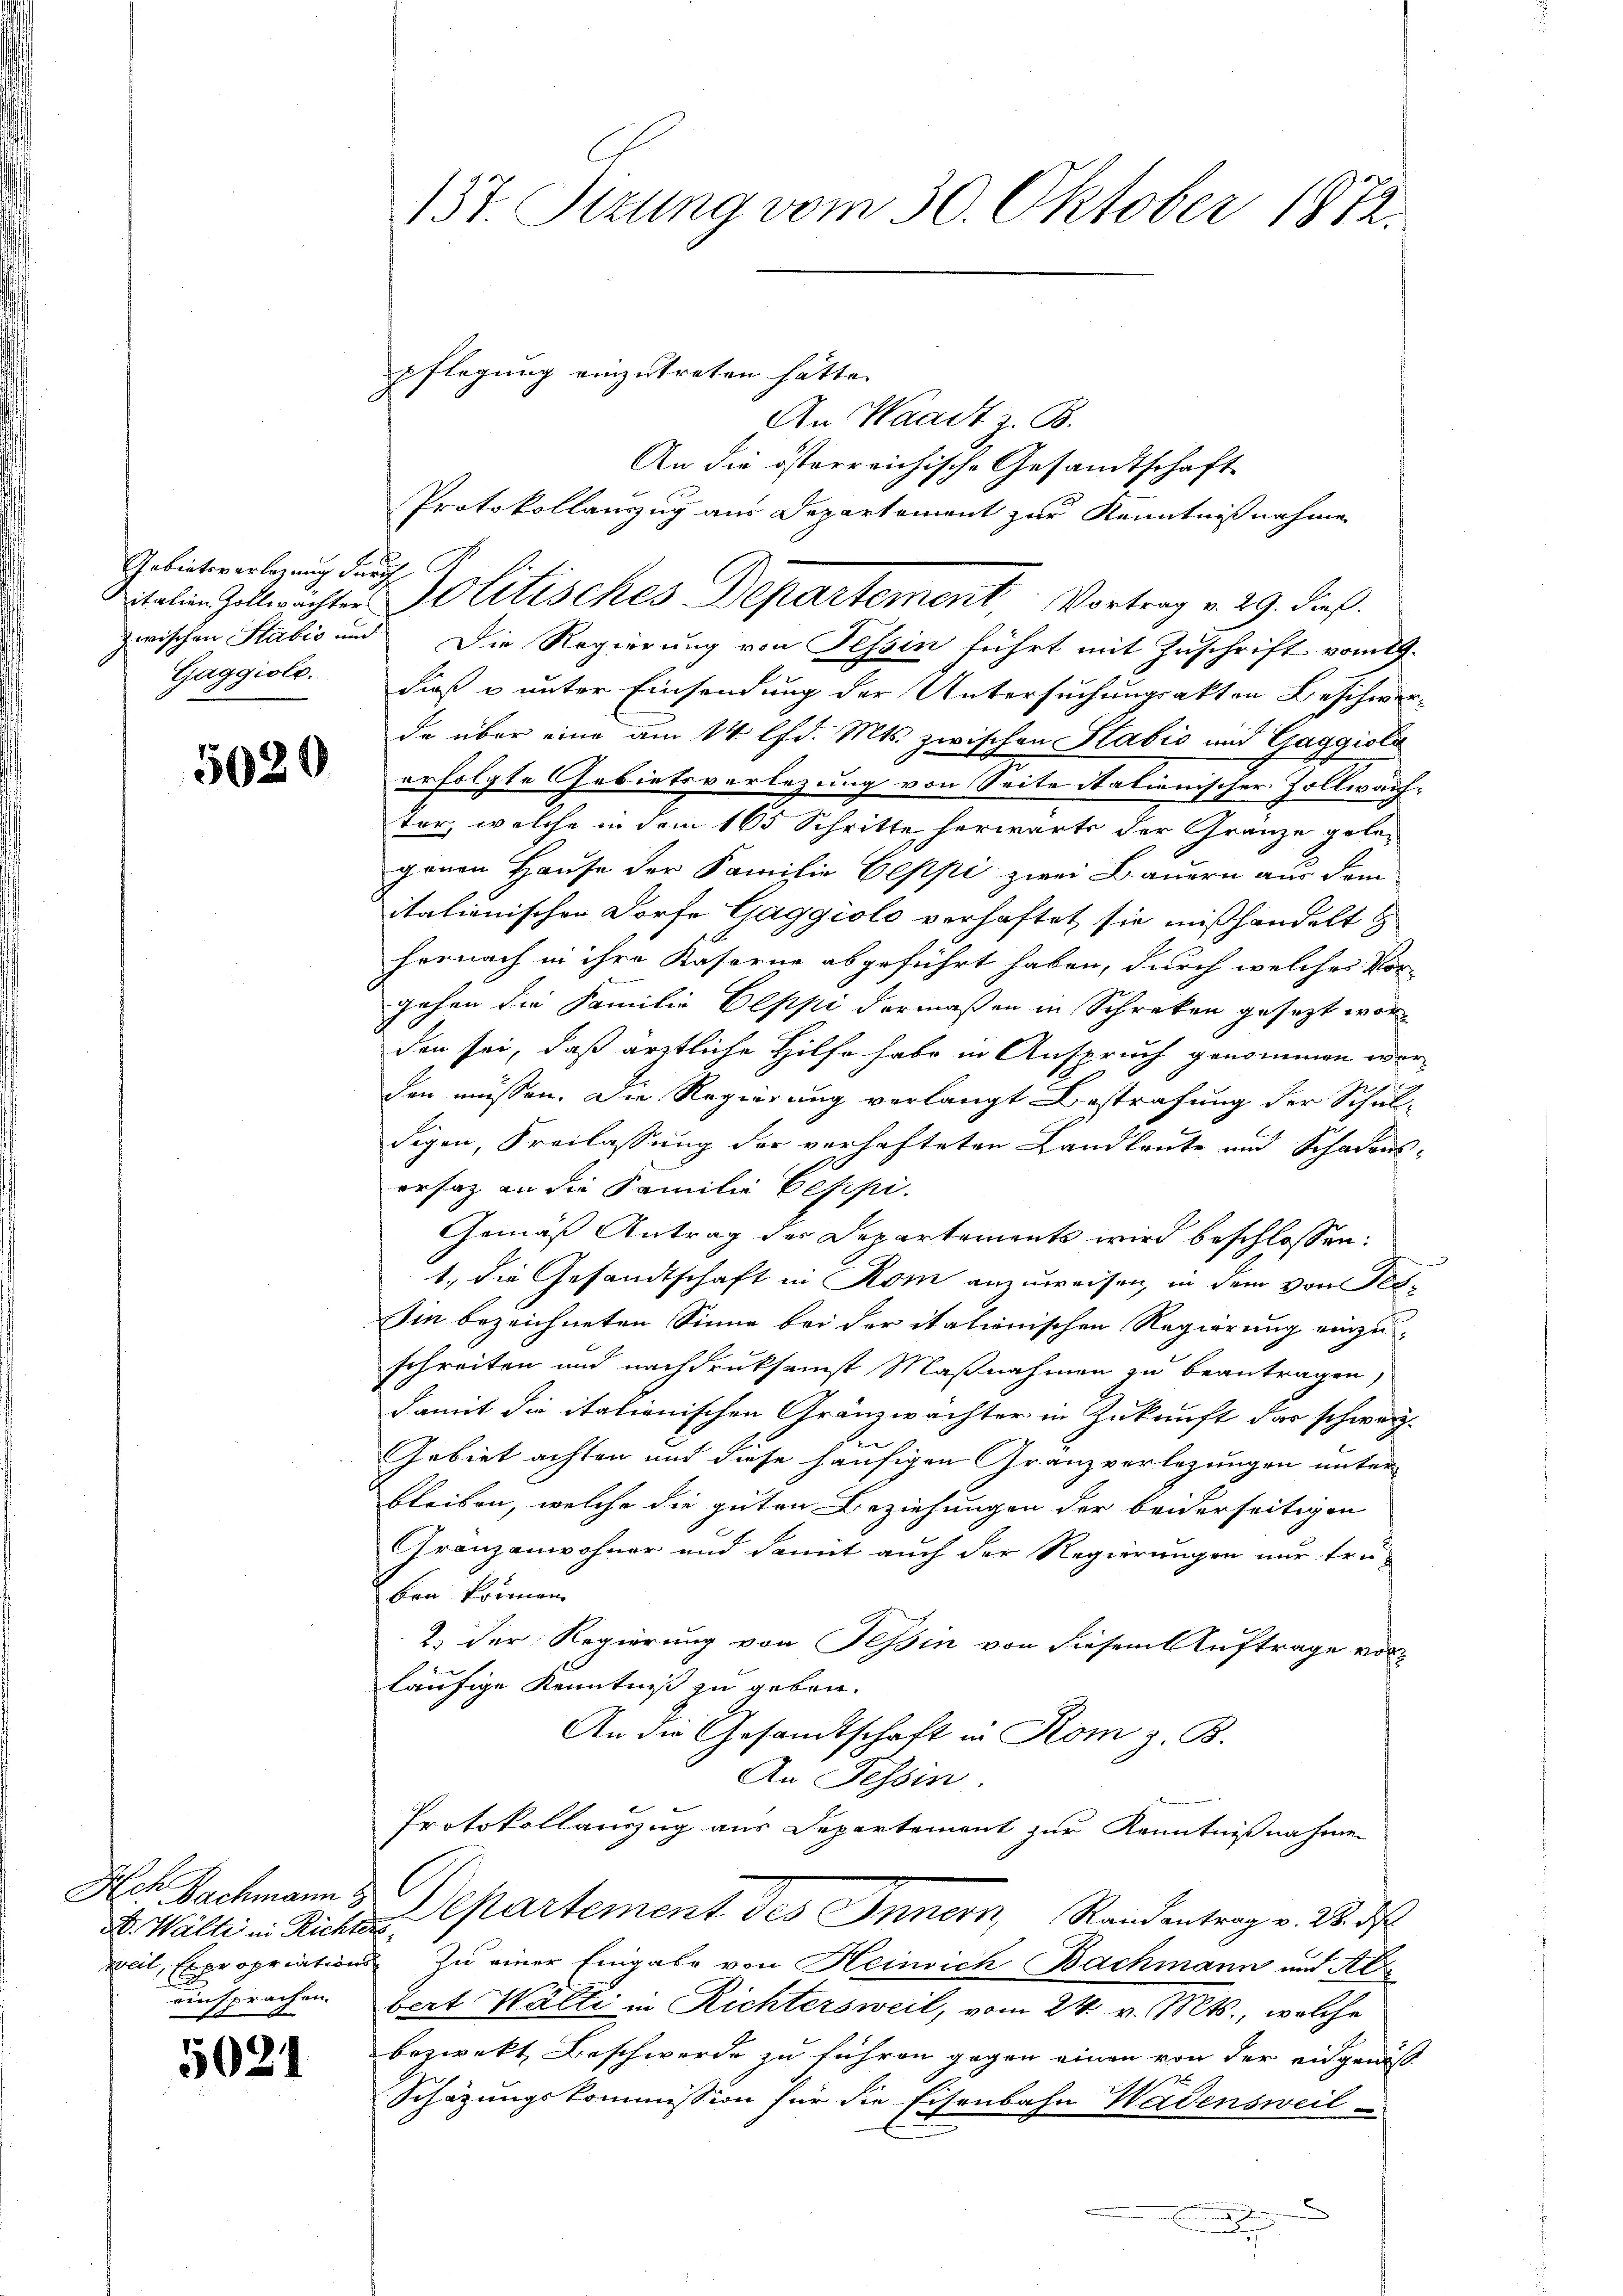
Gebieteverlegung durch
Gaggioli.

5020

Hch Bachmann b
St. Walte in Richte
Weil, Expropriations
einsprachen.

5027

137. Sizung vom 30. Oktober 1872.

pflegung einzutreten hätte.
An Waadt z. B.
An die österreichische Gesandtschaft
Protokollauszug aus Departement zur Kenntnißnahme
zwischen Stabis und Die Regierung von Tessin führt mit Zuschrift vom
dieß u unter Einsendung der Untersuchungsakten Beschwe
de über eine am 14. lfd. Mts. zwischen Stabić und Gaggioli
erfolgte Gebietsverlegung von Seite italienischer Zollwanz
ter, welche in dem 165 Schritte herwärts der Granze gelegenen Hause der Familie Beppi zwei Bauern aus dem
itationischen Dorfe Gaggiolo verhaftet sie mißhandelt
hernach in ihre Kaserne abgeführt haben, durch welches Vor
gehen die Familie Oeppi dermaßen in Schreten gesezt worden sei, daß ärztliche Hilfe habe in Anspruch genommen wor
den müssen. Die Regierung verlangt Bestrafung der Schul-
digen, Freilassung der verhafteten Landleute und Schadens
ersaz an die Familie Gesipi.
Gemäß Antrag des Departements wird beschlossen:
t., die Gesandtschaft in Rom anzuweisen, in dem von See
Sin bezeichneten Sinne bei der itationischen Regierung einzuschreiten und nachdruksamst Maßnahmen zu beantragen,
damit die italienischen Gränzwächter in Zukunft das schweiz.
Gebiet achten und diese häufigen Granzverletzungen unter
bleiben, welche die guten Beziehungen der beiderseitigen
Gränzanwohner und damit auch der Regierungen nur frü-
ben können.
2.) Der Regierung von Tessin von diesem Auftrage vorläufige Kenntniß zu geben.
An die Gesandtschaft in Rom z. B.
An Tessin.
Protokollauszug aus Departement zur Kenntnißnahmen
l
Departement des Innern, Randantrag v. M. d
f
 Zu einer Eingabe von Heinrich Bachmann und Al
bert Walti in Richtersweil, vom 24. v. Mts., welche
bezwekt Beschwerde zu führen gegen einen von der eidgenös
Schätzungskommission für die Eisenbahn Wadensweil

vialen Zelleichter Politisches Departement, Vortrag v. 29. dieß.

.